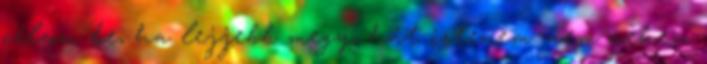
célzom be, ha lejjebb megy, hát istenem. nem nekem